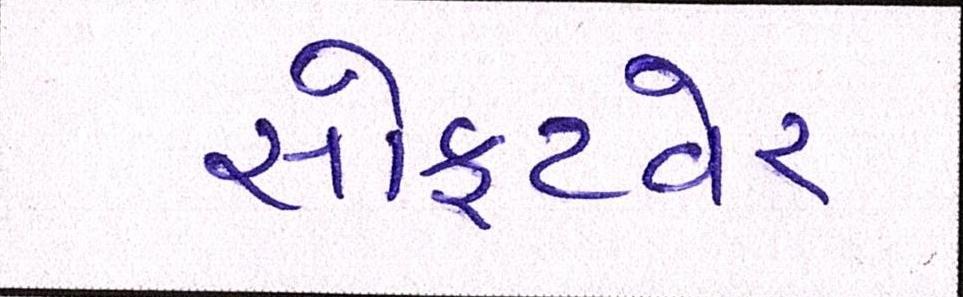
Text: સોફ્ટવેર